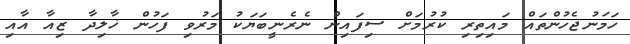
ހަމަނުޖެހުންތައް މައިތިރި ކުރުމަށް ސިފައިން ނެރެނީބަޔަކު މަރުވި ފަހުން ޚާލިދާ ޒިއާ އާއި